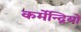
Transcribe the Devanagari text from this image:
कर्मेन्द्रियों